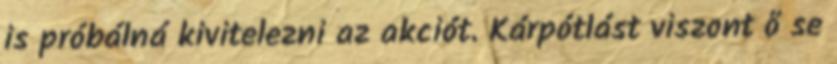
is próbálná kivitelezni az akciót. Kárpótlást viszont ő se